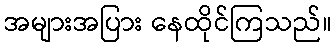
အများအပြား နေထိုင်ကြသည်။